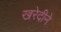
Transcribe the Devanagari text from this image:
खरेदीने